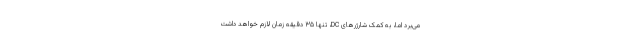
می‌برد اما، به کمک شارژرهای DC، تنها ۳۵ دقیقه زمان لازم خواهد داشت